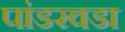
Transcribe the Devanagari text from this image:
पांडरवडा